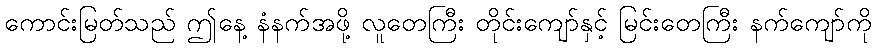
ကောင်းမြတ်သည် ဤနေ့ နံနက်အဖို့ လူတေကြီး တိုင်းကျော်နှင့် မြင်းတေကြီး နက်ကျော်ကို